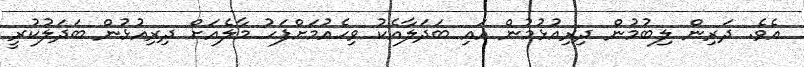
އެވެ. ދަރިން ލިބުމުން ދިރިއުޅުމުން އައި ބަދަލާއެކު ވިހެއުމަށްފަހު މާލެއަށް ދިރިއުޅުން ބަދަލުކުރީ